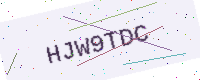
Text: HJW9TDC